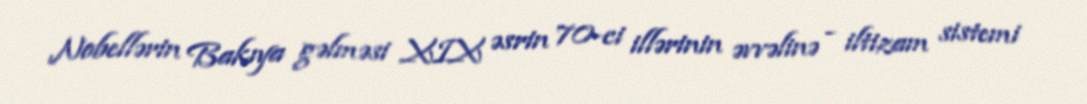
Nobellərin Bakıya gəlməsi XIX əsrin 70-ci illərinin əvvəlinə - iltizam sistemi